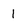
Character: 1